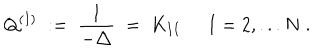
Q ^ { ( I ) } \; : = \; \frac { 1 } { - \triangle } \; = \; K _ { I I } \; \; I = 2 , . . . N \; .